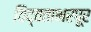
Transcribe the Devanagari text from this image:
विद्वताभरपूर